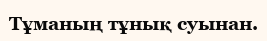
Тұманың тұнық суынан.